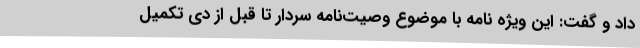
داد و گفت: این ویژه نامه با موضوع وصیت‌نامه سردار تا قبل از دی تکمیل